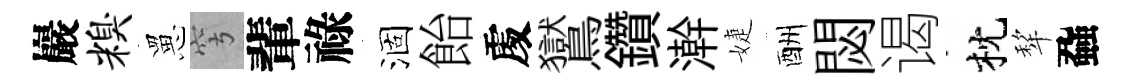
巖糗罳穹輩祿涸飴𠁅鸑鑽澣婕酬閟谒枕犂蝨